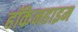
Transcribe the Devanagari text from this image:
हॉकेनहाइम